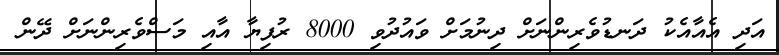
އަދި އެއާއެކު ދަނޑުވެރިންނަށް ދިނުމަށް ވައުދުވި 8000 ރުފިޔާ އާއި މަސްވެރިންނަށް ދޭން